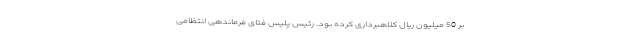
بر 50 میلیون ریال کلاهبرداری کرده بود. رئیس پلیس فتای فرماندهی انتظامی